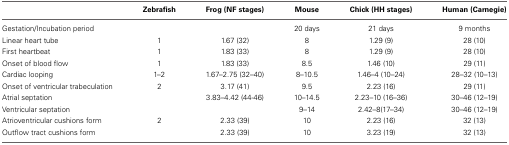
<table><thead><tr><td></td><td><b>Zebrafish</b></td><td><b>Frog (NF stages)</b></td><td><b>Mouse</b></td><td><b>Chick (HH stages)</b></td><td><b>Human (Carnegie)</b></td></tr></thead><tbody><tr><td>Gestation/Incubation period</td><td></td><td></td><td>20 days</td><td>21 days</td><td>9 months</td></tr><tr><td>Linear heart tube</td><td>1</td><td>1.67 (32)</td><td>8</td><td>1.29 (9)</td><td>28 (10)</td></tr><tr><td>First heartbeat</td><td>1</td><td>1.83 (33)</td><td>8</td><td>1.29 (9)</td><td>28 (10)</td></tr><tr><td>Onset of blood flow</td><td>1</td><td>1.83 (33)</td><td>8.5</td><td>1.46 (10)</td><td>29 (11)</td></tr><tr><td>Cardiac looping</td><td>1–2</td><td>1.67–2.75 (32–40)</td><td>8–10.5</td><td>1.46–4 (10–24)</td><td>28–32 (10–13)</td></tr><tr><td>Onset of ventricular trabeculation</td><td>2</td><td>3.17 (41)</td><td>9.5</td><td>2.23 (16)</td><td>29 (11)</td></tr><tr><td>Atrial septation</td><td></td><td>3.83–4.42 (44-46)</td><td>10–14.5</td><td>2.23–10 (16–36)</td><td>30–46 (12–19)</td></tr><tr><td>Ventricular septation</td><td></td><td></td><td>9–14</td><td>2.42–8(17–34)</td><td>30–46 (12–19)</td></tr><tr><td>Atrioventricular cushions form</td><td>2</td><td>2.33 (39)</td><td>10</td><td>2.23 (16)</td><td>32 (13)</td></tr><tr><td>Outflow tract cushions form</td><td></td><td>2.33 (39)</td><td>10</td><td>3.23 (19)</td><td>32 (13)</td></tr></tbody></table>